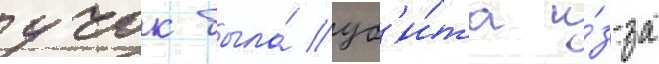
учок была́ уб'и́та и́з-за